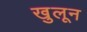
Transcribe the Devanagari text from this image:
खुलून